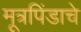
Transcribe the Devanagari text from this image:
मूत्रपिंडाचे